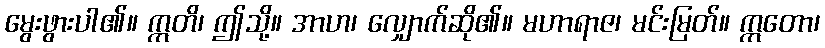
မွေးဖွားပါ၏။ ဣတိ၊ ဤသို့။ အာဟ၊ လျှောက်ဆို၏။ မဟာရာဇ၊ မင်းမြတ်။ ဣတော၊